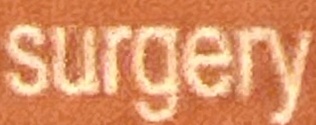
urgery